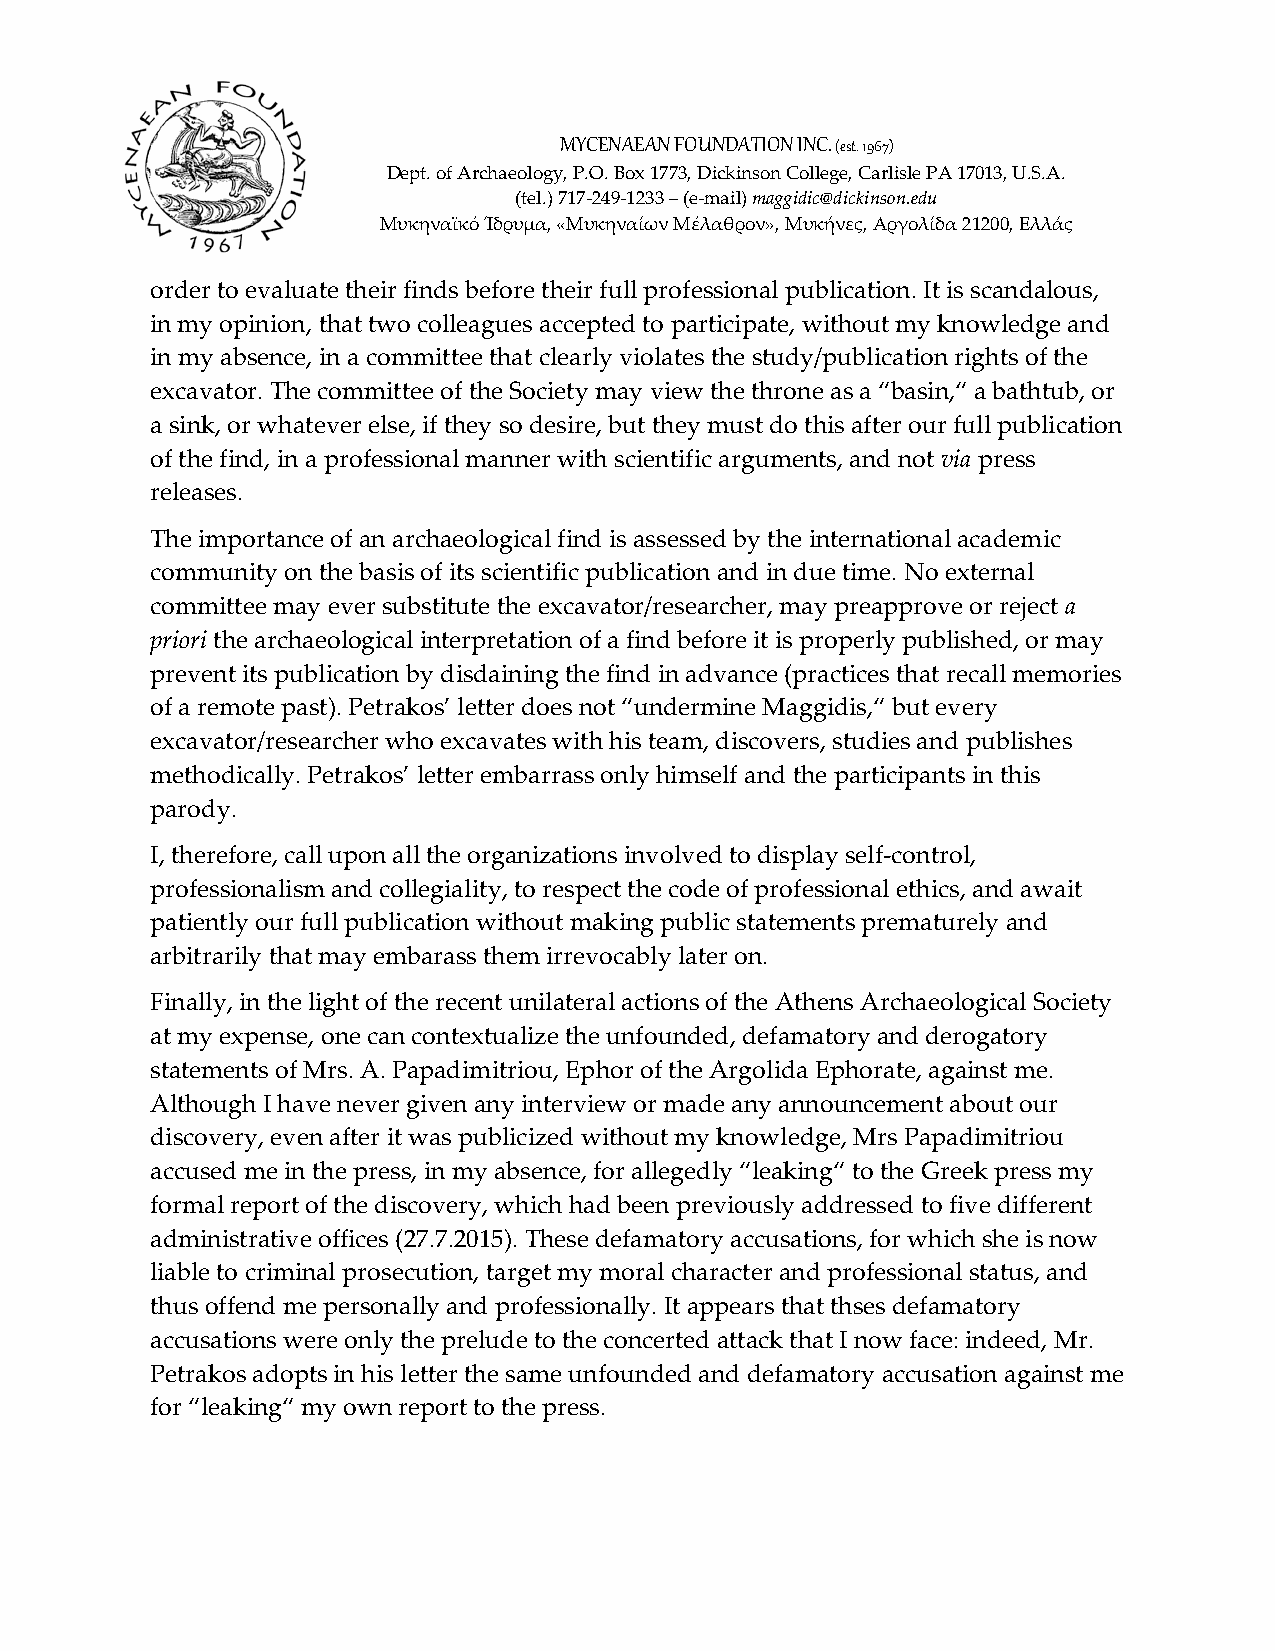
MYCENAEAN FOUNDATION INC. (est. 1967)
 Dept. of Archaeology, P.O. Box 1773, Dickinson College, Carlisle PA 17013, U.S.A.
 (tel.) 717-249-1233 – (e-mail) maggidic@dickinson.edu
 Μυκηναϊκό Ίδρυμα, «Μυκηναίων Μέλαθρον», Μυκήνες, Αργολίδα 21200, Ελλάς
 order to evaluate their finds before their full professional publication. It is scandalous,
 in my opinion, that two colleagues accepted to participate, without my knowledge and
 in my absence, in a committee that clearly violates the study/publication rights of the
 excavator. The committee of the Society may view the throne as a “basin,“ a bathtub, or
 a sink, or whatever else, if they so desire, but they must do this after our full publication
 of the find, in a professional manner with scientific arguments, and not via press
 releases.
 The importance of an archaeological find is assessed by the international academic
 community on the basis of its scientific publication and in due time. No external
 committee may ever substitute the excavator/researcher, may preapprove or reject a
 priori the archaeological interpretation of a find before it is properly published, or may
 prevent its publication by disdaining the find in advance (practices that recall memories
 of a remote past). Petrakos’ letter does not “undermine Maggidis,“ but every
 excavator/researcher who excavates with his team, discovers, studies and publishes
 methodically. Petrakos’ letter embarrass only himself and the participants in this
 parody.
 I, therefore, call upon all the organizations involved to display self-control,
 professionalism and collegiality, to respect the code of professional ethics, and await
 patiently our full publication without making public statements prematurely and
 arbitrarily that may embarass them irrevocably later on.
 Finally, in the light of the recent unilateral actions of the Athens Archaeological Society
 at my expense, one can contextualize the unfounded, defamatory and derogatory
 statements of Mrs. A. Papadimitriou, Ephor of the Argolida Ephorate, against me.
 Although I have never given any interview or made any announcement about our
 discovery, even after it was publicized without my knowledge, Mrs Papadimitriou
 accused me in the press, in my absence, for allegedly “leaking“ to the Greek press my
 formal report of the discovery, which had been previously addressed to five different
 administrative offices (27.7.2015). These defamatory accusations, for which she is now
 liable to criminal prosecution, target my moral character and professional status, and
 thus offend me personally and professionally. It appears that thses defamatory
 accusations were only the prelude to the concerted attack that I now face: indeed, Mr.
 Petrakos adopts in his letter the same unfounded and defamatory accusation against me
 for “leaking“ my own report to the press.